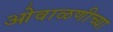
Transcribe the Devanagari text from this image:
ओवाळणीच्या